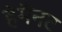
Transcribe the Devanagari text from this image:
हेमैनट